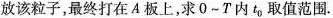
放该粒子，最终打在A板上，求O~T内t_{ 0 } 取值范围。